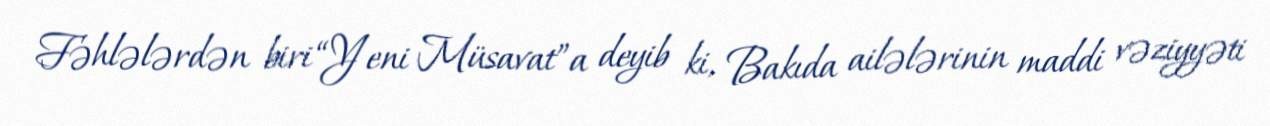
Fəhlələrdən biri “Yeni Müsavat”a deyib ki, Bakıda ailələrinin maddi vəziyyəti